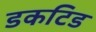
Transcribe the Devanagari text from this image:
डकटिड